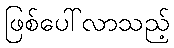
ဖြစ်ပေါ်လာသည့်